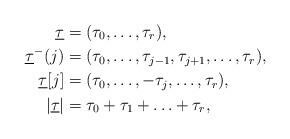
LaTeX: \begin{align*}\underline \tau &= (\tau_0,\ldots,\tau_r), \\\underline \tau^{-}(j) &= (\tau_0, \ldots, \tau_{j-1},\tau_{j+1},\ldots,\tau_r), \\\underline \tau [j] &= (\tau_0,\ldots,-\tau_j,\ldots,\tau_r ) , \\| \underline \tau | & = \tau_0+ \tau_1+\ldots+\tau_r, \end{align*}